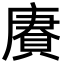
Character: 賡